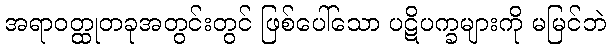
အရာဝတ္ထုတခုအတွင်းတွင် ဖြစ်ပေါ်သော ပဋိပက္ခများကို မမြင်ဘဲ